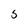
Character: 5